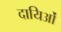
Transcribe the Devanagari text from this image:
दायिओं